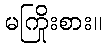
မကြိုးစား။